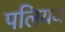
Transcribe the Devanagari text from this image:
पलियथ